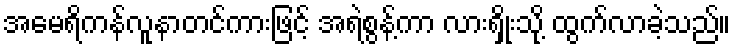
အမေရိကန်လူနာတင်ကားဖြင့် အရဲစွန့်ကာ လားရှိုးသို့ ထွက်လာခဲ့သည်။